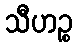
သီဟဉ္စ